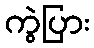
ကွဲပြား